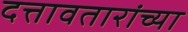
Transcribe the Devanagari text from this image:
दत्तावतारांच्या